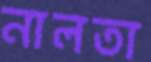
নালতা